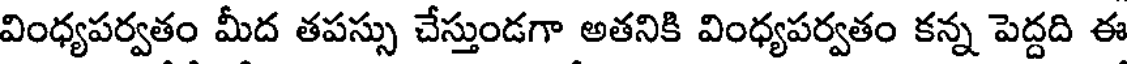
వింధ్యపర్వతం మీద తపస్సు చేస్తుండగా అతనికి వింధ్యపర్వతం కన్న పెద్దది ఈ